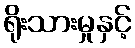
ရိုးသားမှုနှင့်